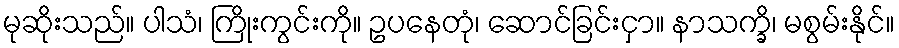
မုဆိုးသည်။ ပါသံ၊ ကြိုးကွင်းကို။ ဥပနေတုံ၊ ဆောင်ခြင်းငှာ။ နာသက္ခိ၊ မစွမ်းနိုင်။